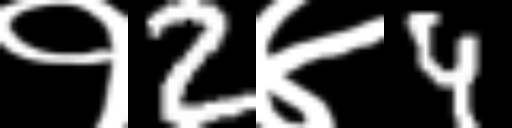
Text: १2४4